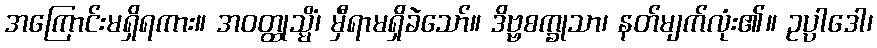
အကြောင်းမရှိရကား။ အဝတ္ထုသ္မိံ၊ မှီရာမရှိခဲသော်။ ဒိဗ္ဗစက္ခုသာ၊ နတ်မျက်လုံး၏။ ဥပ္ပါဒေါ၊